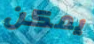
يمكن